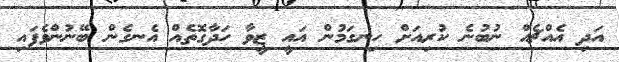
އަދި އެއްޗެއް ނުބުނެ ކުރިއަށް ހިނގަމުން އައީ ޒީވާ ހަދާގޮތެއް އެނގެން ބޭނުންވެފައި